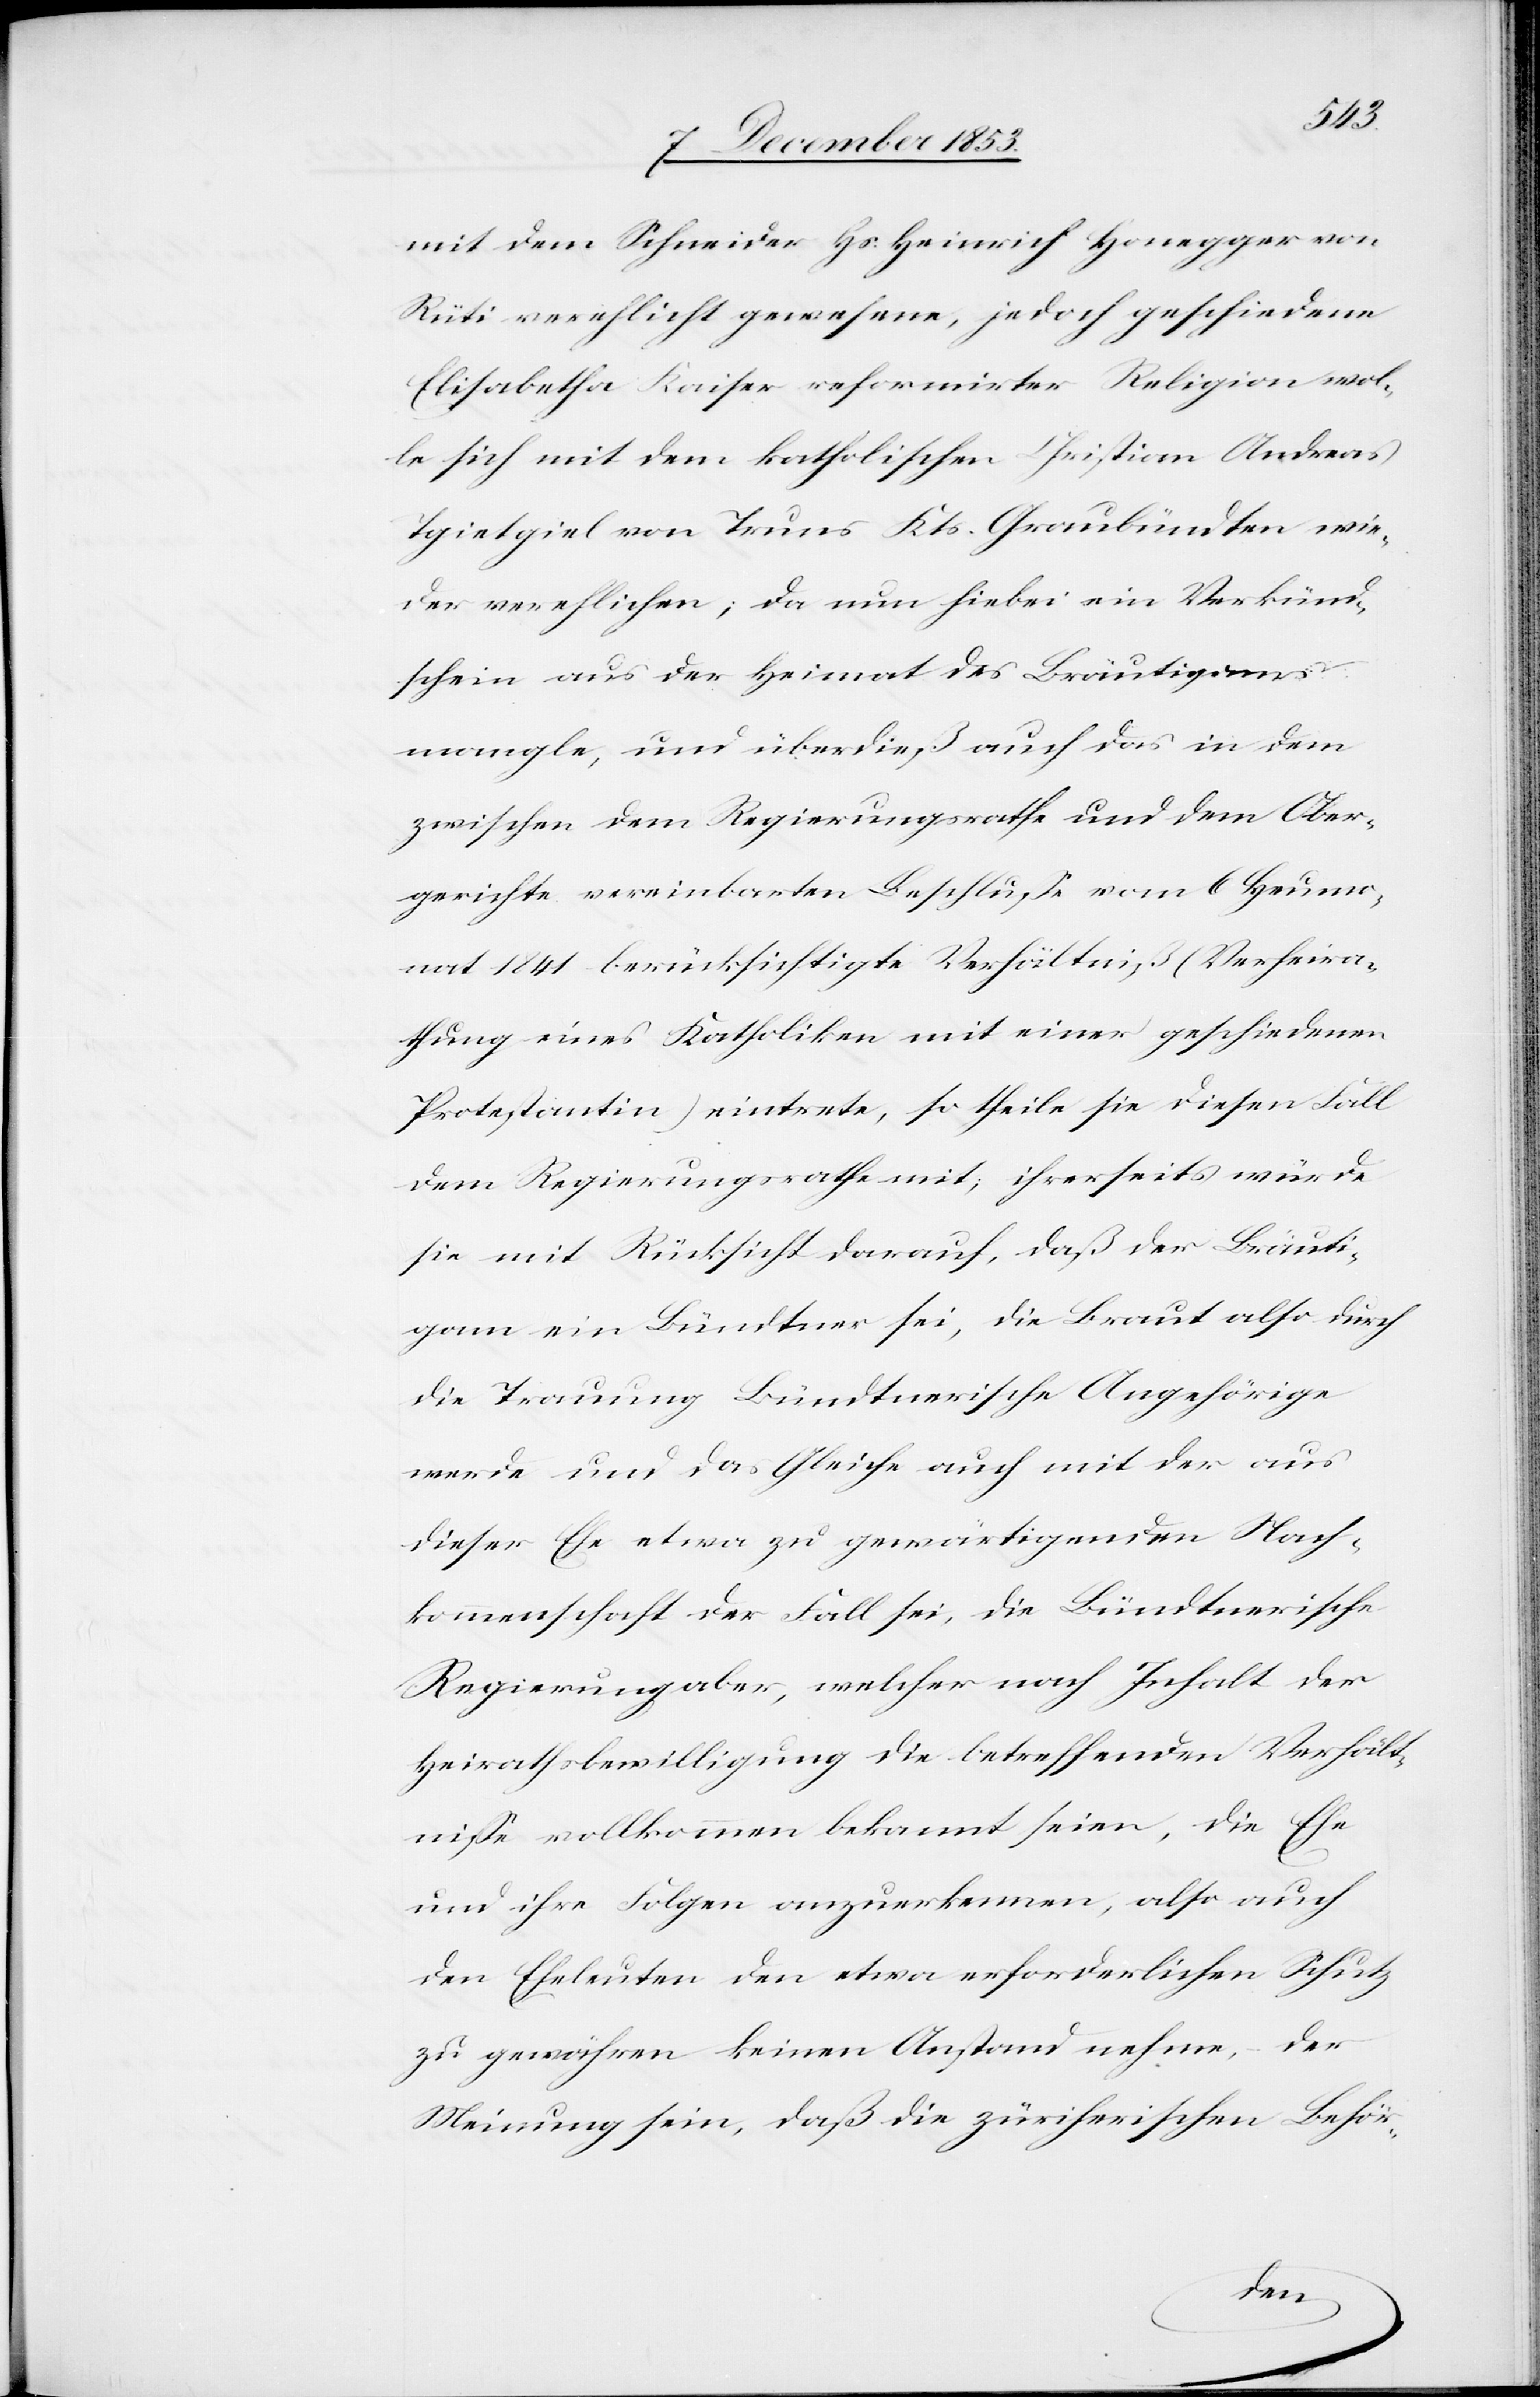
mit dem Schneider Hs. Heinrich Honegger von
Rüti verehelicht gewesene, jedoch geschiedene
Elisabetha Kaiser reformirter Religion wol¬
le sich mit dem katholischen Christian Andreas
Tgietgiel von Truns Kts. Graubünden wie¬
der verehlichen; da nun hiebei ein Verkünd¬
schein aus der Heimat des Bräutigams
mangle, und überdieß auch das in dem
zwischen dem Regierungsrathe und dem Ober¬
gerichte vereinbarten Beschluße vom 6 Heumo¬
nat 1841 berücksichtigte Verhältniß (Verheira¬
thung eines Katholiken mit eine geschiedenen
Protestantin) eintrete, so theile sie diesen Fall
dem Regierungsrathe mit; ihrerseits würde
sie mit Rücksicht darauf, daß der Bräuti¬
gam ein Bündter sei, die Braut also durch
die Trauung Bündtnerische Angehörige
werde und das Gleiche auch mit der aus
dieser Ehe etwa zu gewärtigenden Nach¬
kommenschaft der Fall sei, die Büdnerische
Regierung aber, welcher nach Inhalt der
Heirathsbewilligung die betreffenden Verhält¬
niße vollkommen bekannt seien, die Ehe
und ihre Folgen anzuerkennen, also auch
den Eheleuten den etwa erforderlichen Schutz
zu gewähren keinen Anstand nehme, der
Meinung sein, daß die zürcherischen Behör-